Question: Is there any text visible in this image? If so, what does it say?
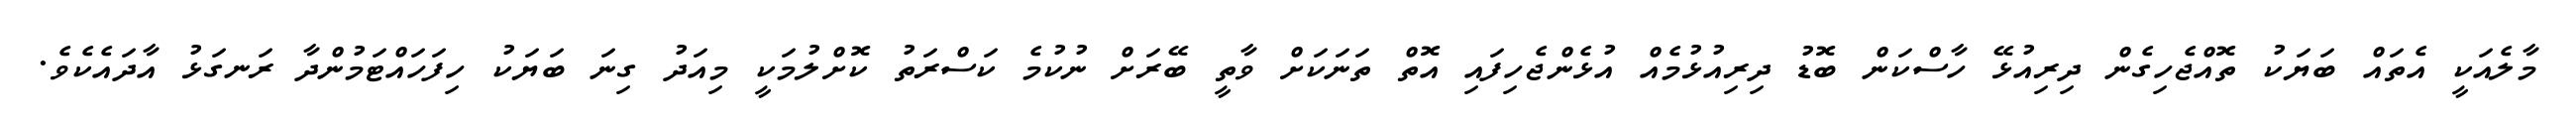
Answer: މާލެއަކީ އެތައް ބަޔަކު ތޮއްޖެހިގެން ދިރިއުޅޭ ހާސްކަން ބޮޑު ދިރިއުޅުމެއް އުޅެންޖެހިފައި އޮތް ތަނަކަށް ވާތީ ބޭރަށް ނުކުމެ ކަސްރަތު ކޮށްލުމަކީ މިއަދު ގިނަ ބަޔަކު ހިފަހައްޓަމުންދާ ރަނގަޅު އާދައެކެވެ.